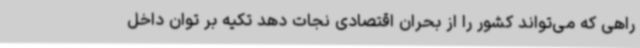
راهی که می‌تواند کشور را از بحران اقتصادی نجات دهد تکیه بر توان داخل